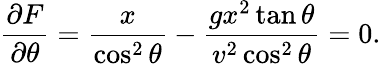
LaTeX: {\frac{\partial F}{\partial\theta}}={\frac{x}{\cos^{2}\theta}}-{\frac{gx^{2}\tan\theta}{v^{2}\cos^{2}\theta}}=0.